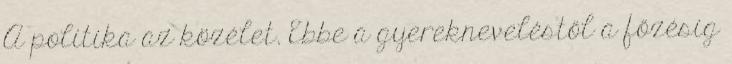
A politika az közélet. Ebbe a gyerekneveléstől a főzésig